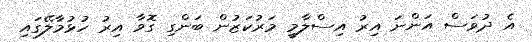
އެ ދުވަސް އަންނަ އިރު އިސްލާމީ މަރުކަޒުން ބަންގި ގޮވާ އިރު ހުޅުމާލޭގައި